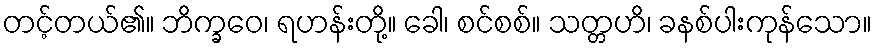
တင့်တယ်၏။ ဘိက္ခဝေ၊ ရဟန်းတို့။ ခေါ၊ စင်စစ်။ သတ္တဟိ၊ ခနစ်ပါးကုန်သော။